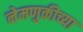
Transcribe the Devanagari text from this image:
नेमणुकीच्या